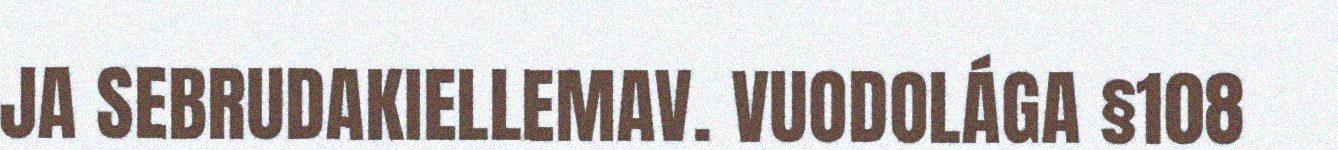
JA SEBRUDAKIELLEMAV. VUODOLÁGA §108